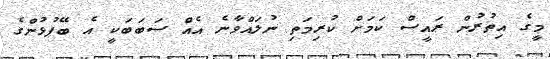
މީގެ އިތުރުން ރައީސް ކަމަށް ކުރިމަތި ނުލައްވާނެ އެއް ސަބަބަކީ އެ ބޭފުޅުންގެ